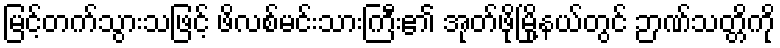
မြင့်တက်သွားသဖြင့် ဖိလစ်မင်းသားကြီး၏ အုတ်ဖိုမြို့နယ်တွင် ဉာဏ်သတ္တိကို